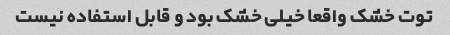
توت خشک واقعا خیلی خشک بود و قابل استفاده نیست